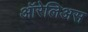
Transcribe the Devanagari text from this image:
ऑरेलिअस